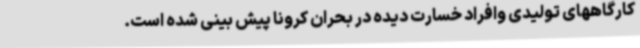
کارگاههای تولیدی وافراد خسارت دیده در بحران کرونا پیش بینی شده است.